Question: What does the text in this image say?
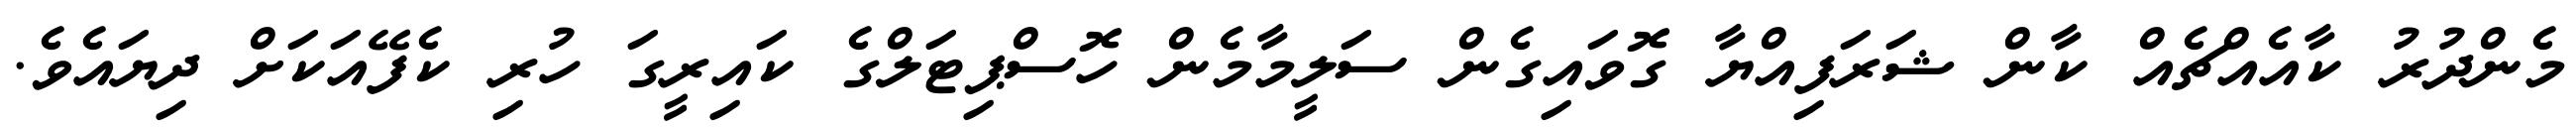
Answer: މެންދުރު ކާއެއްޗެއް ކާން ޝަރަފިއްޔާ ގޮވައިގެން ސަލީމާމެން ހޮސްޕިޓަލްގެ ކައިރީގަ ހުރި ކެފޭއަކަށް ދިޔައެވެ.